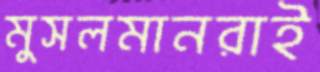
মুসলমানরাই